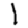
Digit: 1